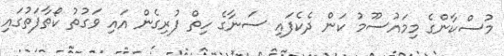
މުސްކާންގެ މިމައުސޫމު ކަން ދެކެފައި ސަނާގެ ހިތް ފުރިގެން އައި ވަގުތު ކޯތާފަތުގައި